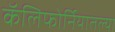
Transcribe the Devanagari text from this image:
कॅलिफोर्नियातल्या